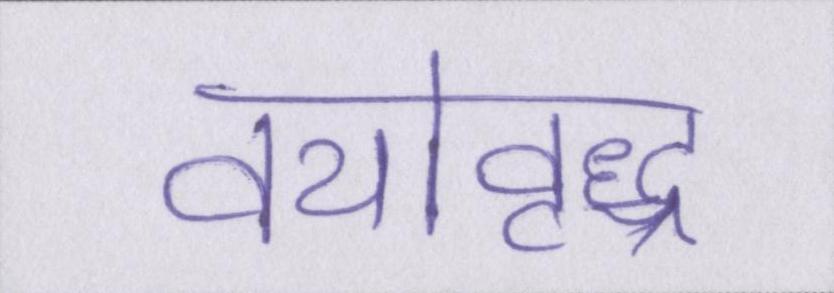
वयोवृद्ध